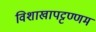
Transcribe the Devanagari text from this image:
विशाखापट्टण्णम